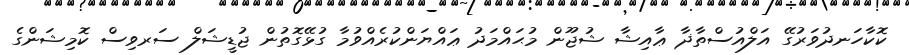
ކޮކާހަނދުވަރުގޭ އަލްއުސްތާޛާ ޢާއިޝާ ޝުޖޫން މުޙައްމަދު ޢައްޔަންކުރެއްވުމާ ގުޅޭގޮތުން ޖުޑީޝަލް ސަރވިސް ކޮމިޝަންގެ